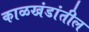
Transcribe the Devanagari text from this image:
काळखंडांतील